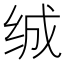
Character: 𰬖